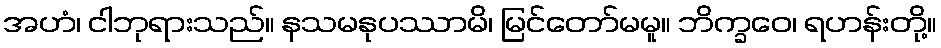
အဟံ၊ ငါဘုရားသည်။ နသမနုပဿာမိ၊ မြင်တော်မမူ။ ဘိက္ခဝေ၊ ရဟန်းတို့။